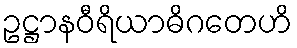
ဥဋ္ဌာနဝီရိယာဓိဂတေဟိ